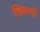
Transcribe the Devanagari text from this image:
दिसन्दी